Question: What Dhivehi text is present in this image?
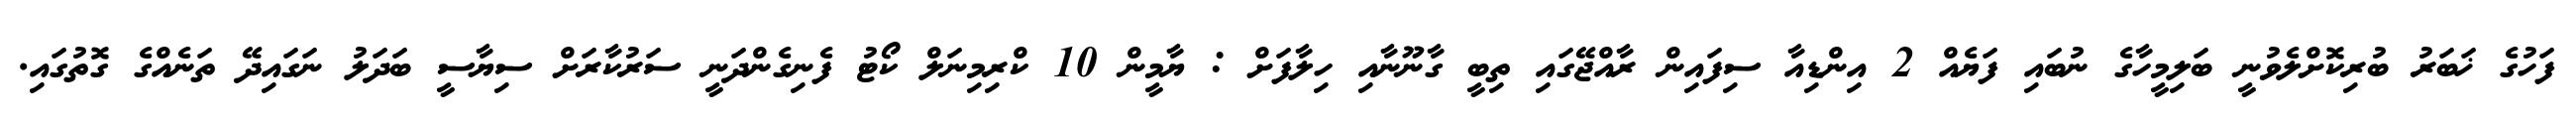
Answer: ފަހުގެ ޚަބަރު ބުރިކޮށްލެވުނީ ބަލިމީހާގެ ނުބައި ފަޔެއް 2 އިންޑިއާ ސިފައިން ރާއްޖޭގައި ތިބީ ގާނޫނާއި ހިލާފަށް : ޔާމީން 10 ކްރިމިނަލް ކޯޓު ފެނިގެންދަނީ ސަރުކާރަށް ސިޔާސީ ބަދަލު ނަގައިދޭ ތަނެއްގެ ގޮތުގައި.